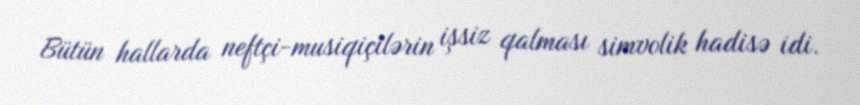
Bütün hallarda neftçi-musiqiçilərin işsiz qalması simvolik hadisə idi.